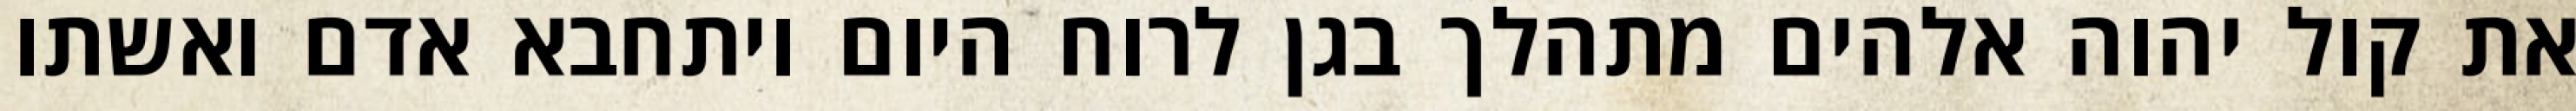
את קול יהוה אלהים מתהלך בגן לרוח היום ויתחבא אדם ואשתו